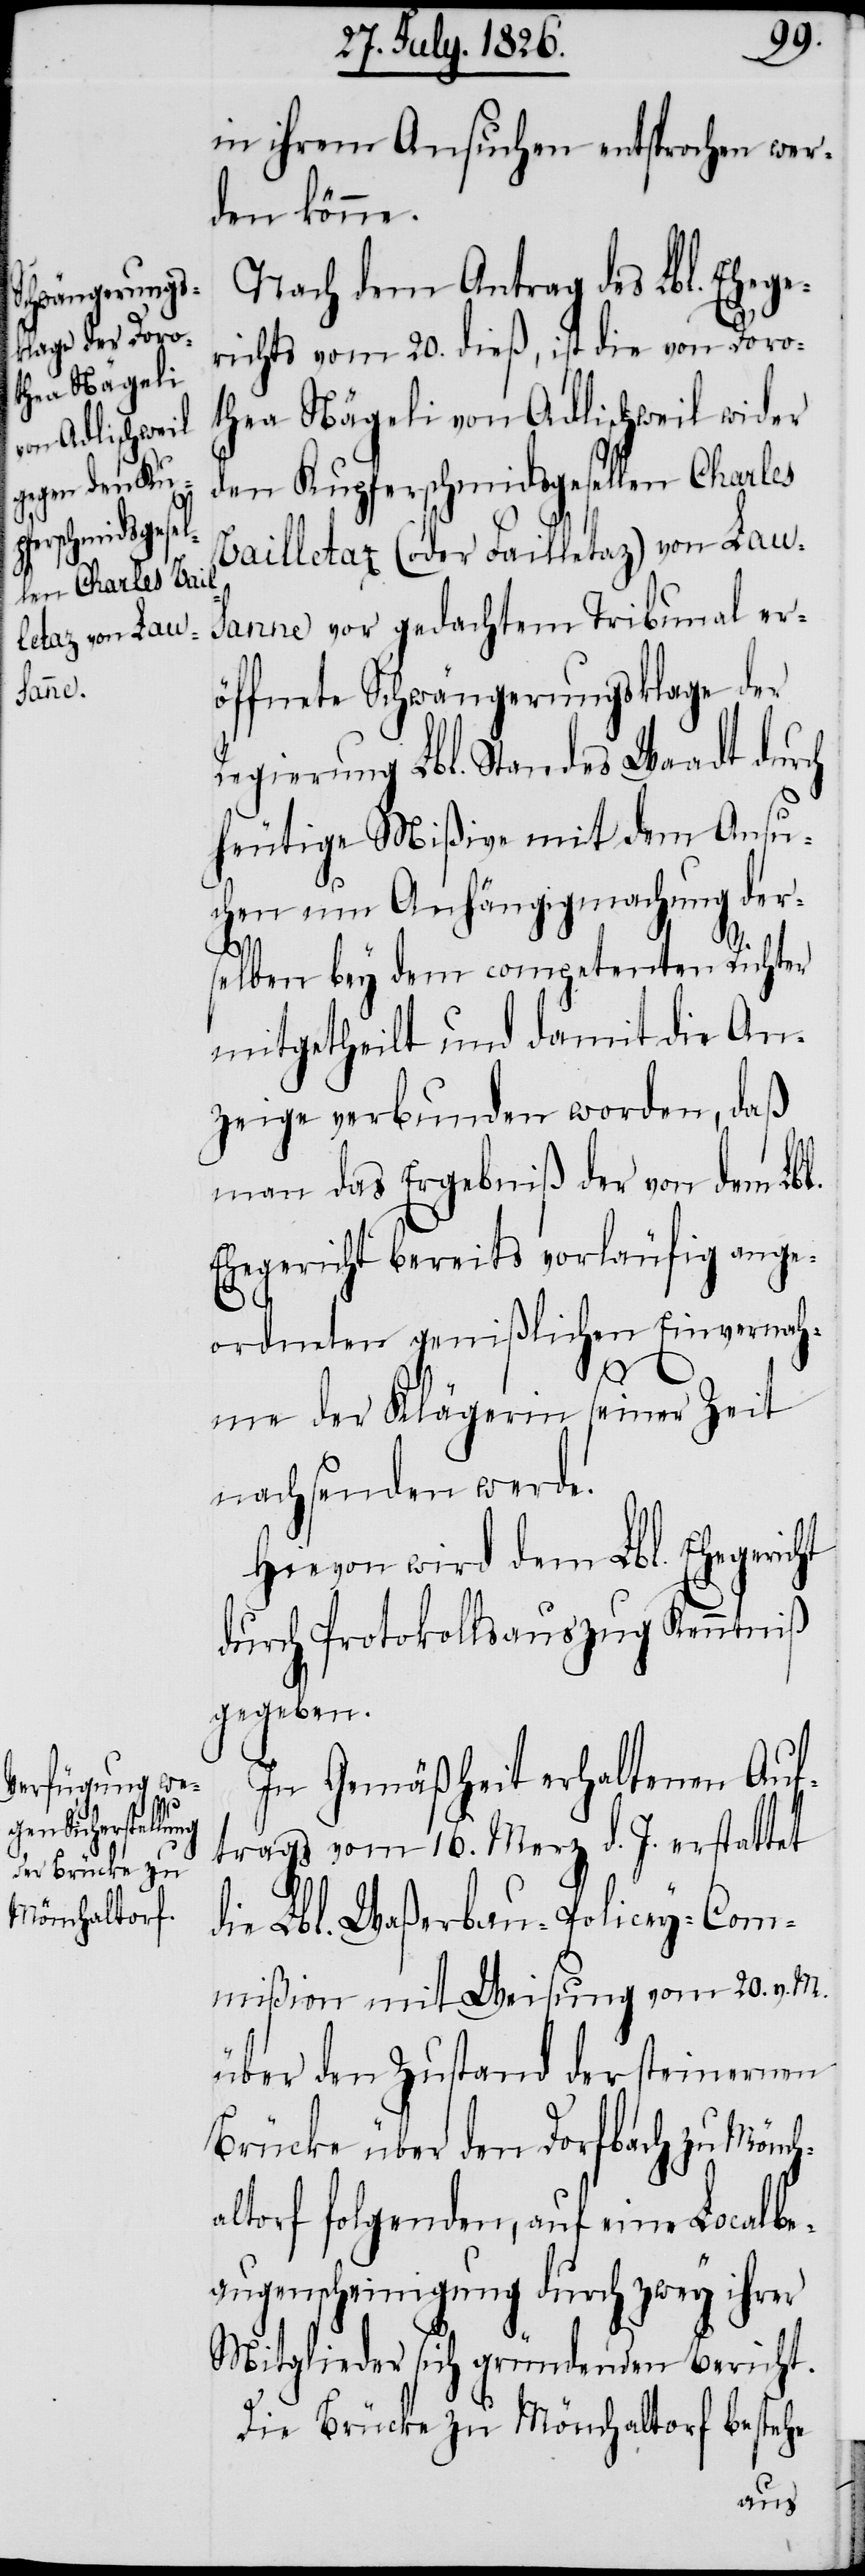
in ihrem Ansuchen entsprochen wer¬
den könne.
Nach dem Antrag des Lbl. Ehege¬
richts vom 20. dieß, ist die von Doro¬
thea Nägeli von Adlischweil wider
den Kupferschmidsgesellen Charles
Vailletaz (oder Failletaz) von Laus¬
anne vor gedachtem Tribunal er¬
öffnete Schwängerungsklage der
Regierung Lbl. Standes Waadt durch
heutige Mißive mit dem Ansu¬
chen um Anhängigmachung der¬
selben bey dem competenten Richter
mitgetheilt und damit die An¬
zeige verbunden worden, daß
man das Ergebniß der von dem Lbl.
Ehegericht bereits vorläufig ange¬
ordneten genißlichen Einvernah¬
me der Klägerin seiner Zeit
nachsenden werde.
Hievon wird dem Lbl. Ehegericht
durch Protokollsauszug Kenntniß
gegeben.
In Gemäßheit erhaltenen Auf¬
trags vom 18. Merz d. J. erstattet
die Lbl. Waßerbau-Policey-Com¬
mißion mit Weisung vom 20. v. M.
über den Zustand der steinernen
Brücke über den Dorfbach zu Mönch¬
altorf folgenden, auf eine Localbe¬
augenscheinigung durch zwey ihrer
Mitglieder sich gründenden Bericht.
Die Brücke zu Mönchaltorf bestehe